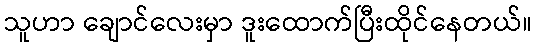
သူဟာ ချောင်လေးမှာ ဒူးထောက်ပြီးထိုင်နေတယ်။